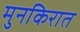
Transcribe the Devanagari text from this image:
मुनकिरात